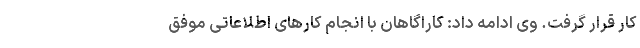
کار قرار گرفت. وی ادامه داد: کاراگاهان با انجام کارهای اطلاعاتی موفق